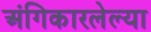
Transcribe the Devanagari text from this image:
अंगिकारलेल्या